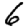
Digit: 6